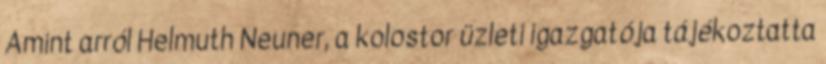
Amint arról Helmuth Neuner, a kolostor üzleti igazgatója tájékoztatta